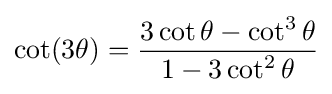
\cot(3\theta )={\frac {3\cot \theta -\cot ^{3}\theta }{1-3\cot ^{2}\theta }}